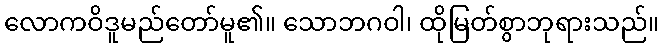
လောကဝိဒူမည်တော်မူ၏။ သောဘဂဝါ၊ ထိုမြတ်စွာဘုရားသည်။